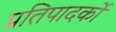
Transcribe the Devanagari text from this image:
प्रतिपादर्को